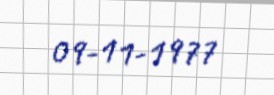
09-11-1977